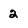
Character: 2